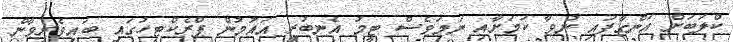
ކްލަބަށް އަންގާފައި ނުވާ ކަމަށާއި ނަމަވެސް ޓީމު އެނބުރި އައުމުން ޕްރެކްޓިހުގައި ބައިވެރިވާން